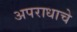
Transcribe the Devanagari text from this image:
अपराधाचे